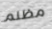
مظلم